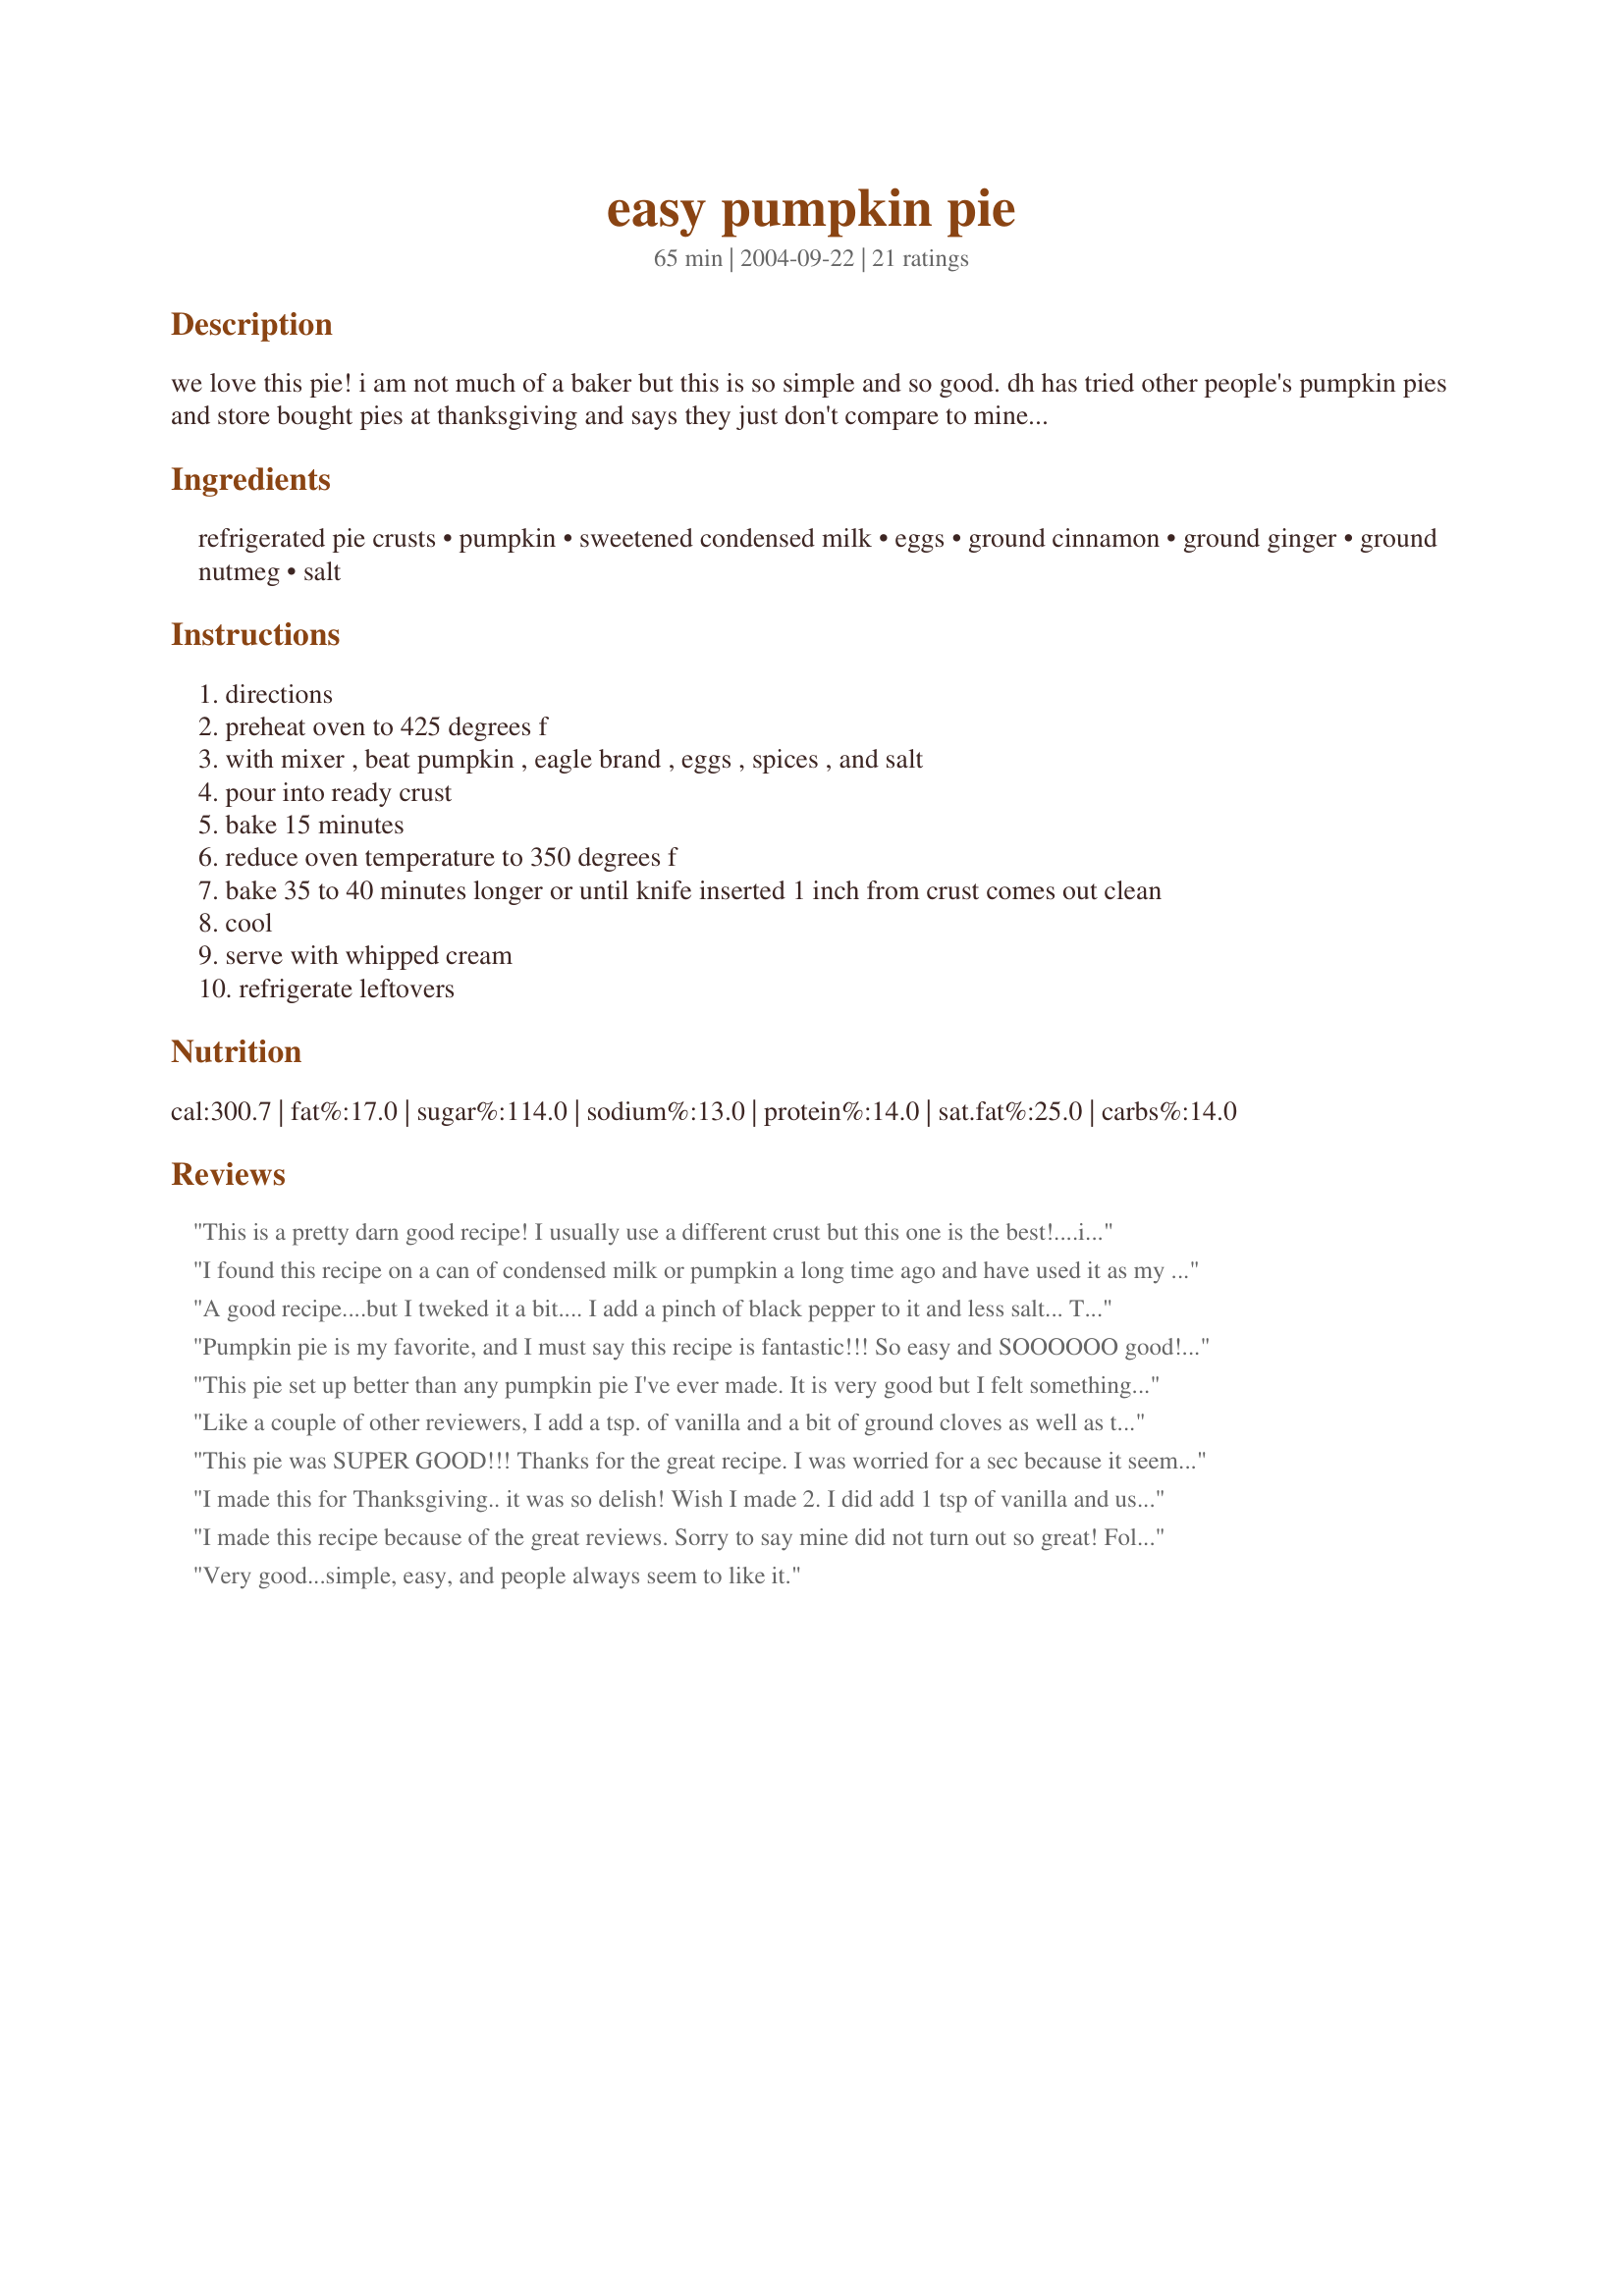
easy pumpkin pie
Preparation time: 65 minutes

we love this pie! i am not much of a baker but this is so simple and so good. dh has tried other people's pumpkin pies and store bought pies at thanksgiving and says they just don't compare to mine. i always make 2. one for the family and one just for him. try it, i don't think you will be dissapointed.

Ingredients:
refrigerated pie crusts, pumpkin, sweetened condensed milk, eggs, ground cinnamon, ground ginger, ground nutmeg, salt

Steps:
directions
preheat oven to 425 degrees f
with mixer , beat pumpkin , eagle brand , eggs , spices , and salt
pour into ready crust
bake 15 minutes
reduce oven temperature to 350 degrees f
bake 35 to 40 minutes longer or until knife inserted 1 inch from crust comes out clean
cool
serve with whipped cream
refrigerate leftovers

Reviews:
This is a pretty darn good recipe! I usually use a different crust but this one is the best!....i never knew about refrigerated crusts.

Anyway, it taste good...i layered the bottom of the pie with almonds. delish...made it for halloween and my b.f liked it. So MAKE IT!
I found this recipe on a can of condensed milk or pumpkin a long time ago and have used it as my pumpkin pie recipe from then on. I love the way these pies turn out. I always add a little more spice as we like our pies to be really flavorful. This is the best and easiest pumpkin pie recipe out there. I will never use anything else.
A good recipe....but I tweked it a bit.... I add a pinch of black pepper to it and less salt... The black pepper actually brings out the flavor
Pumpkin pie is my favorite, and I must say this recipe is fantastic!!! So easy and SOOOOOO good! If I could give it 6 stars, I would! Thank you!
This pie set up better than any pumpkin pie I've ever made. It is very good but I felt something was missing and now I think that "something" might be cloves. It just didn't seem quite spicy enough for our tastes. I will make this again, but will use the spice mixture from the evaporated milk recipe. Thanks for posting!
Like a couple of other reviewers, I add a tsp. of vanilla and a bit of ground cloves as well as the other spices. You can&#039;t screw-up this recipe. Never a morsel left.
This pie was SUPER GOOD!!! Thanks for the great recipe. I was worried for a sec because it seemed all "poofy" when it came out of the oven... but flattened out right away! Also, I made 2 other recipes in the last couple days, both burned and I couldn't get them to set. This set in the exact time specified and the crust was not burnt! Thanks!
I made this for Thanksgiving.. it was so delish! Wish I made 2. I did add 1 tsp of vanilla and used ground clove instead of ginger (i didnt have the latter).
Thanks for sharing! I will make this again!
I made this recipe because of the great reviews. Sorry to say mine did not turn out so great! Followed the directions, but still turned out mushy and gross.
Very good...simple, easy, and people always seem to like it.
i made this just to the recipe and it was spectacular!! (actually i used a spice mix instead of the nutmeg and ginger...) im in france, so i made a 13" pie, doubling all of the ingredients. (they have pumpkin puree at picard in case anyone was wondering) thanks so much for making my halloween party complete!!
A great pumpkin pie! I found it very easy to prepare, I wouldn't change a thing with wonderful pie. I just needed to make 2 instead of 1. It was a hit with the family. Thanks for sharing.
Wonderful, creamy pie!! Will use this recipe from now on. :) Thanks!
Absolutely fool-proof recipe! I now make this pumpkin pie every year and it's quickly become a family favorite. I get rave reviews any time I make it as dessert! Doesn't get better (or easier) than this pumpkin pie!
Nov. 24 2004: This pie is soooo good! I will NEVER EVER make the evaporated milk version again. Thanks so much for this lovely pie recipe. It was very popular at our Thanksgiving dinner. Glad I made two! The only thing I changed was I made my own pie crust. *UPDATED* to add: This also turns out beautifully with FAT FREE sweetened condensed milk!
Easy recipe and the pie was delicious.. I will use this one again for sure...
Absolutely delicious. Made it just as written as it was perfect. Thank you.
Wow, after reading the reviews, I hate to challenge them, but I am. I found the texture to be more &#039;cakey&#039; than &#039;creamy&#039;. I can only guess the sweetened condensed milk altered what using evaporated milk does. Good to know. I trashed the pie and will do the same to the recipe. Not a favorite.
This was such an easy and delicious recipe! My students and I made four pies after doing a unit on pumpkins and the students LOVED the pie! Almost everyone had seconds. We used fresh pumpkin instead of that from a can. Everyone we shared the pies with loved it as well.
Thanks for such a great recipe! It was my first time ever eating pumpkin pie.
Bravo Little Bee! This pie is terrific! I have been looking for something a bit out of the norm, but totally delicious and you have it right here. This absolutely couldn't of been easier to put together, and the sweetened condensed milk was very special and very tasty. I used a "pumpkin spice" mix I had put together and added 1 teaspoon of vanilla. Perfect, thank you Little Bee, will keep this recipe close at hand.
This is the easiest pumpkin pie to make. Always comes out perfect. I use fresh butternut squash instead of pumpkin often, and the kids just love it.
